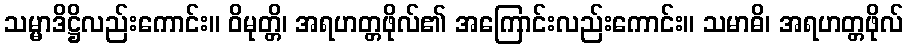
သမ္မာဒိဋ္ဌိလည်းကောင်း။ ဝိမုတ္တိ၊ အရဟတ္တဖိုလ်၏ အကြောင်းလည်းကောင်း။ သမာဓိ၊ အရဟတ္တဖိုလ်